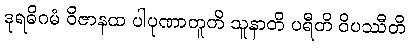
ဒုရဓိဂမံ ဝိဇာနထ ပါပုဏာတူတိ သူနာတိ ပရီတိ ဝိပဿီတိ